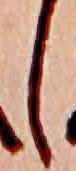
し